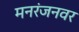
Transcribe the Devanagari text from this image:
मनरंजनवर